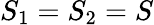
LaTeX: S_{1}=S_{2}=S